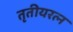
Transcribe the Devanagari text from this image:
तृतीयरत्‍न